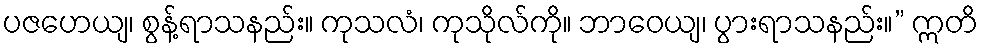
ပဇဟေယျ၊ စွန့်ရာသနည်း။ ကုသလံ၊ ကုသိုလ်ကို။ ဘာဝေယျ၊ ပွားရာသနည်း။” ဣတိ